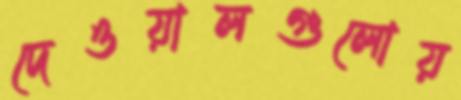
দেওয়ালগুলোয়